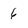
Character: 6